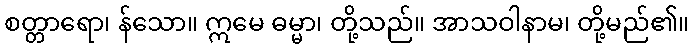
စတ္တာရော၊ န်သော။ ဣမေ ဓမ္မာ၊ တို့သည်။ အာသဝါနာမ၊ တို့မည်၏။